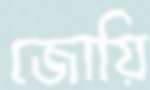
জোয়ি